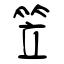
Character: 笠